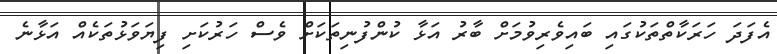
އެފަދަ ހަރަކާތްތަކުގައި ބައިވެރިވުމަށް ބާރު އަޅާ ކުންފުނިތަކަށް ވެސް ހަރުކަށި ފިޔަވަޅުތަކެއް އަޅާނެ